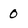
Character: 0